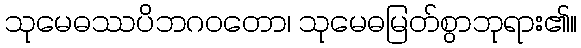
သုမေဓဿပိဘဂဝတော၊ သုမေဓမြတ်စွာဘုရား၏။